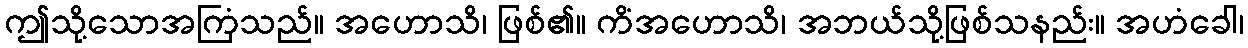
ဤသို့သောအကြံသည်။ အဟောသိ၊ ဖြစ်၏။ ကိံအဟောသိ၊ အဘယ်သို့ဖြစ်သနည်း။ အဟံခေါ၊